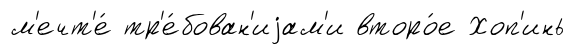
м'ечт'е́ тр'е́бован'иjам'и второ́е Хоп'инь